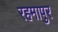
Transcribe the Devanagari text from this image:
रहमापुर